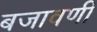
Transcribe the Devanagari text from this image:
बजावणी